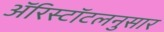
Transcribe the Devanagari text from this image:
ॲरिस्टॉटलनुसार